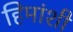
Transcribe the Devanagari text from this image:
हिमांशी